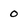
Character: 0